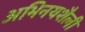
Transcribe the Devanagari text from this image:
अभिनयशैली